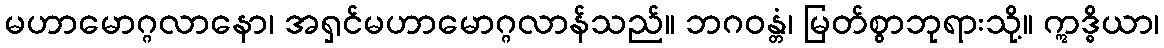
မဟာမောဂ္ဂလာနော၊ အရှင်မဟာမောဂ္ဂလာန်သည်။ ဘဂဝန္တံ၊ မြတ်စွာဘုရားသို့။ ဣဒ္ဓိယာ၊